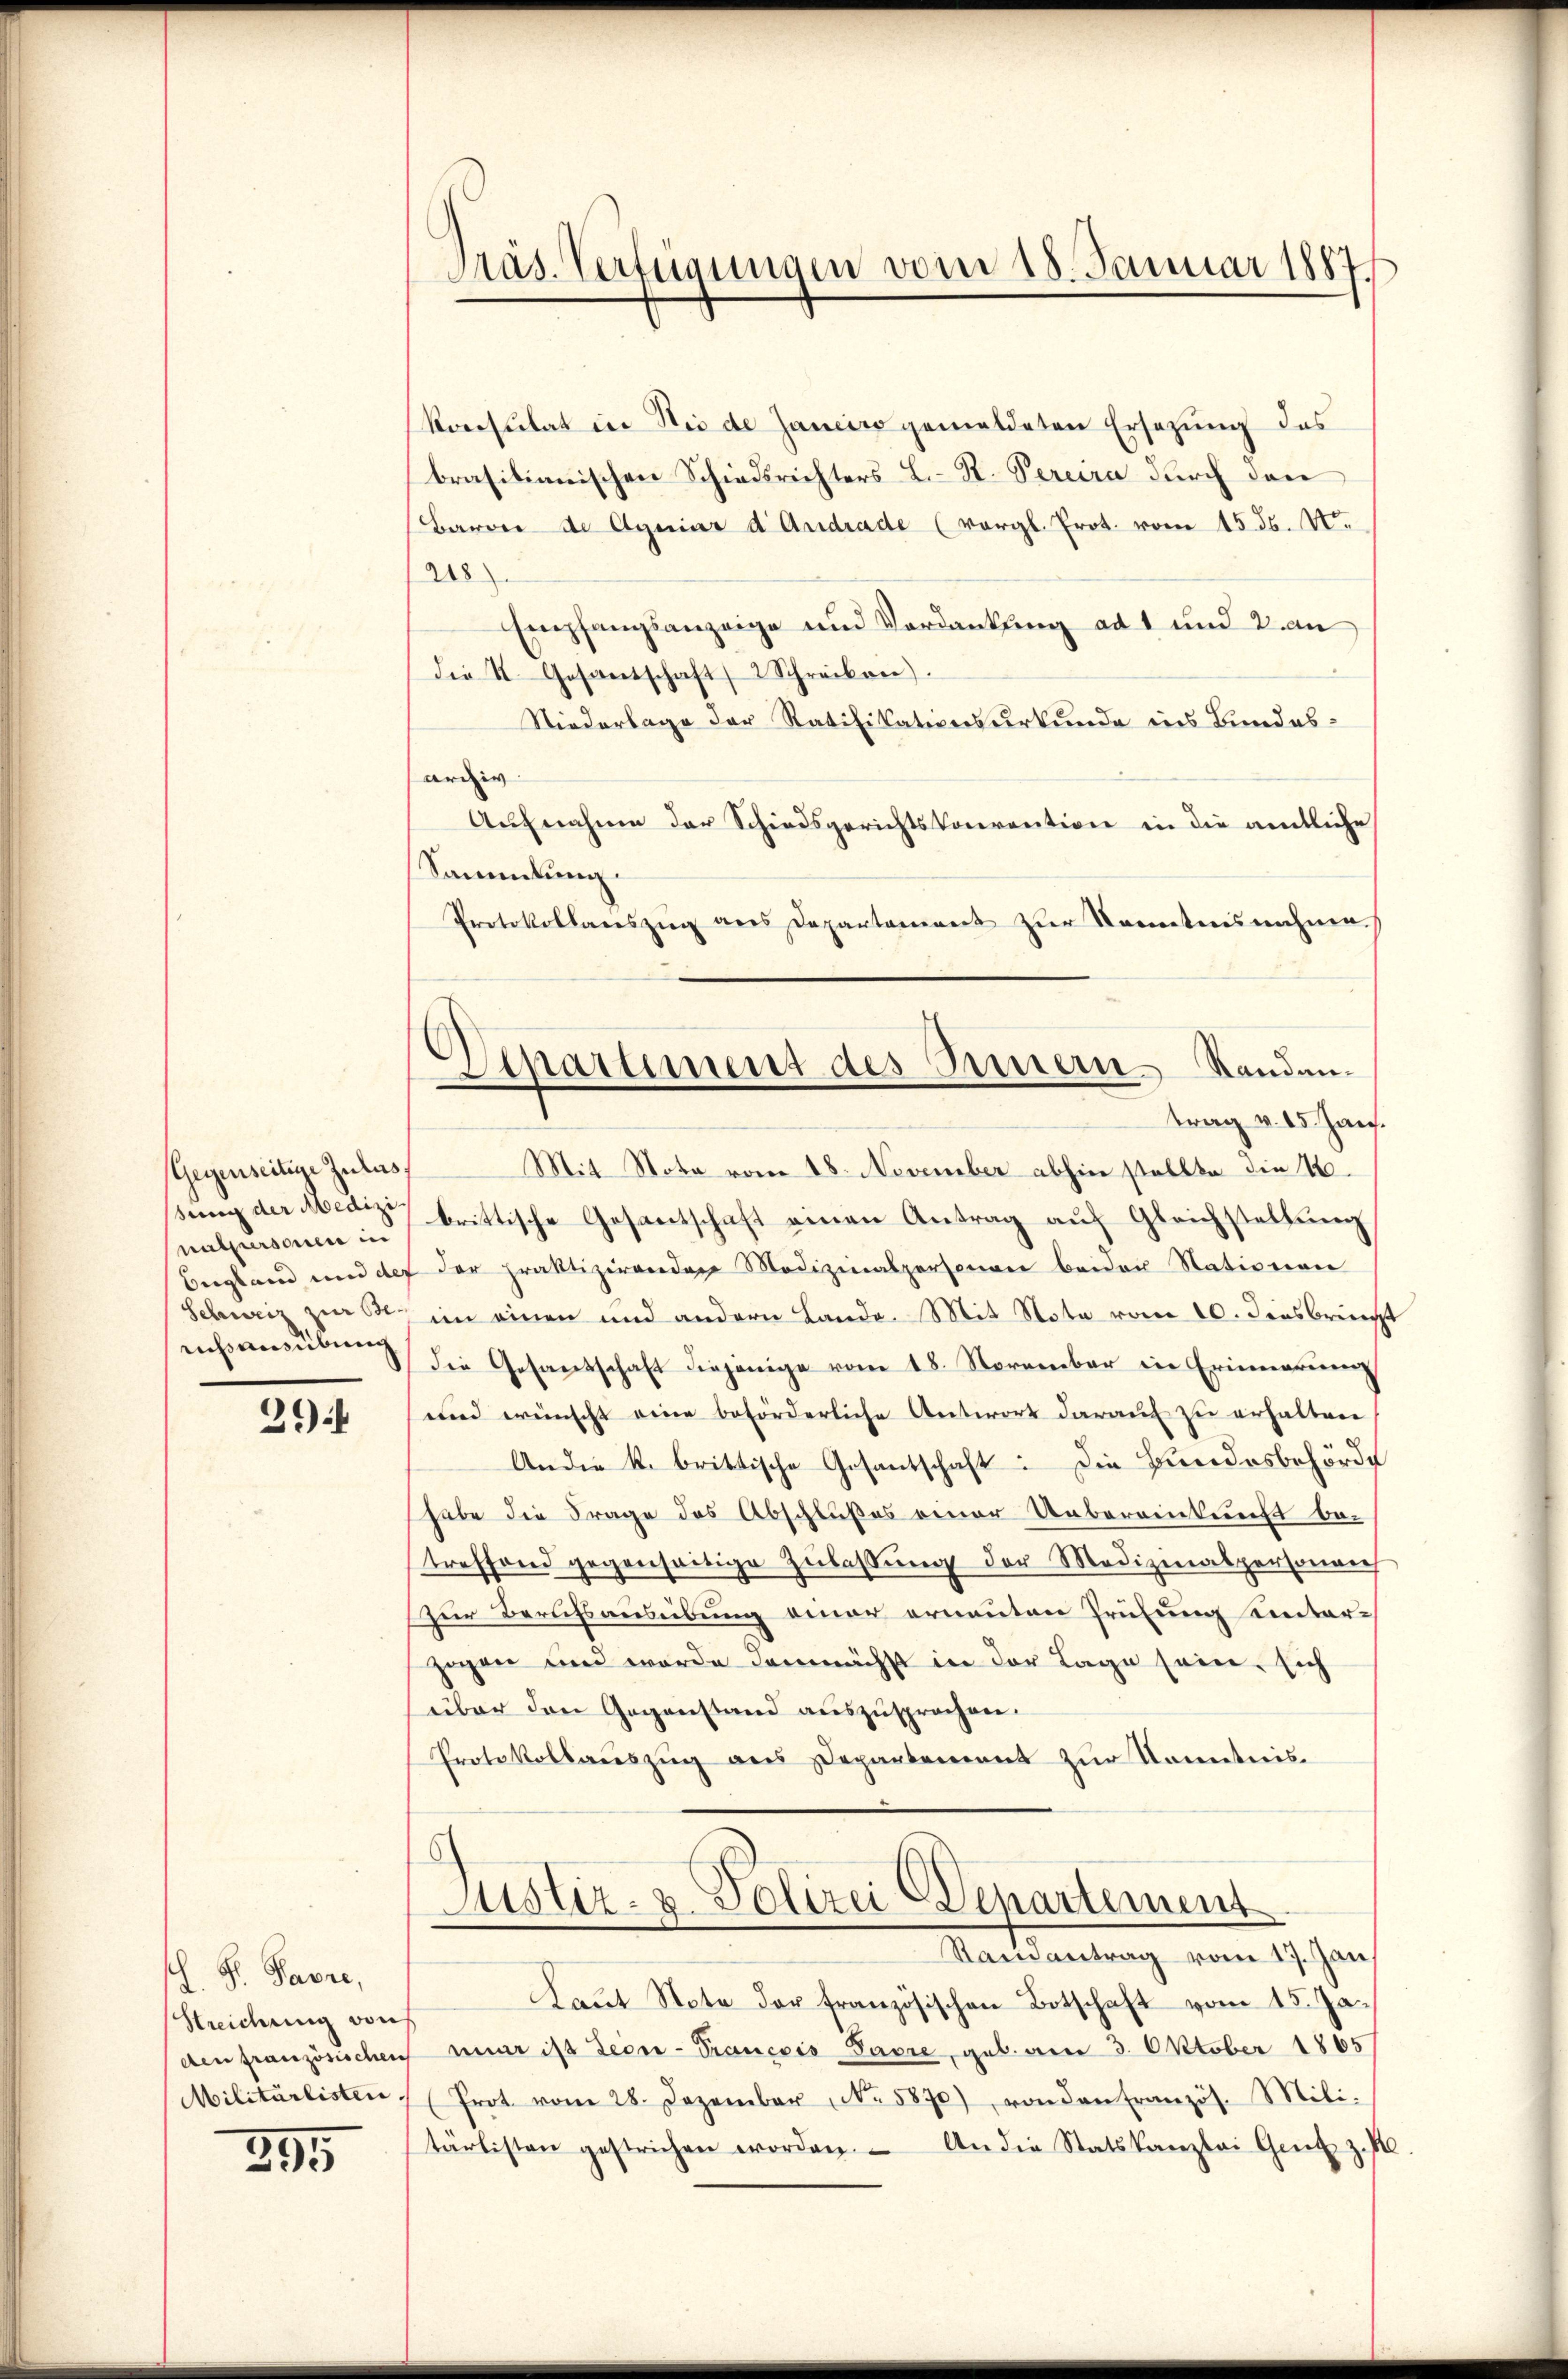
(Gegenseitige Zulas
sinen der Medizi
natursonen in
Schweiz zur Beensübung

29

J. P. Pavre,
Streichung von
Militärlisten.

395

Präs. Verfügungen vom 18. Januar 1887

Konsulat in die de Janeiro gemeldeten Ersezung des
brasilianischen Schiedsrichters L. St. Percira durch den
Baron de Agniar d. Andrade (vergl. Prot. vom 15. ds. No.
218
Empfangsanzeige und Verdankung ad 1 und 2. an
die II. Gesantschaft 2 Schreiben.
Niederlage der Ratifikationsurkunde ins Bundesardiv
Aufnahme der Schiedsgerichtskonvention in die amtliche
Sammlung.
Protokollauszug aus Departament zur Kenntnisnahme.
Mit Nota vom 18. November abhin stellte die 1.
brittische Gesantschaft einen Antrag auf Gleichstellung
begland und der der praktizirenden Medizinalpersonen beider Nationen
im einen und andern Lande. Mit Nota vom 10. dies bricht
Die Gesandschaft diejenige vom 18. November in Erinnerung
und wünscht eine beförderliche Antwort darauf zu erhalten
An die k. brittische Gesantschaft: Die Bundesbehörde
habe die Frage des Abschlußes einer Uebereinkunft betreffend gegenseitige Zŭlassŭng der Medizinalpersonan
zur Berufsausübung einer ernenten Prüfung unterzogen und wurde demnächst in der Lage sein, sich
über den Gegenstand auszusprochen.
Protokollauszug aus Departement zur Kenntnis
Justiz- u. Polizei Departement
Rainantrag vom 17. Jan
Laŭt Note der französischen Botschaft vom 15. Jaden französischen war ist deine Prancois Favre, geb. am 3. Oktober 1865
(Prot. vom 28. Dezember No. 5890), von den Französ. Mili-
tärlisten gestrichen worden. An die Statskanzlei Gant z. B.

Departement des Innern Randantrag v. 15. Jan.